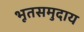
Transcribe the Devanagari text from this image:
भूतसमुदाय